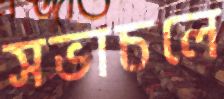
সভাচলে